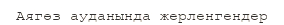
Аягөз ауданында жерленгендер